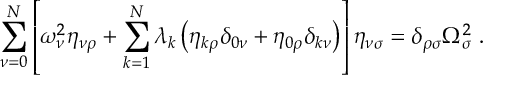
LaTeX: \sum _ { \nu = 0 } ^ { N } \left[ \omega _ { \nu } ^ { 2 } \eta _ { \nu \rho } + \sum _ { k = 1 } ^ { N } \lambda _ { k } \left( \eta _ { k \rho } \delta _ { 0 \nu } + \eta _ { 0 \rho } \delta _ { k \nu } \right) \right] \eta _ { \nu \sigma } = \delta _ { \rho \sigma } \Omega _ { \sigma } ^ { 2 } \; .